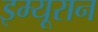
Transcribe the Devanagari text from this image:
इम्यूरान